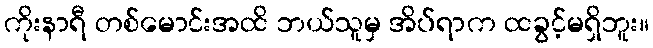
ကိုးနာရီ တစ်မောင်းအထိ ဘယ်သူမှ အိပ်ရာက ထခွင့်မရှိဘူး။